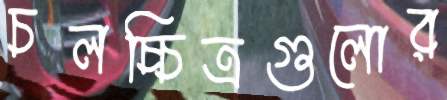
চলচ্চিত্রগুলোর